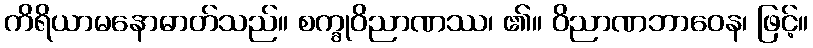
ကိရိယာမနောဓာတ်သည်။ စက္ခုဝိညာဏဿ၊ ၏။ ဝိညာဏဘာဝေန၊ ဖြင့်။